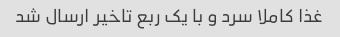
غذا کاملا سرد و با یک ربع تاخیر ارسال شد